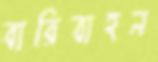
বারিবাহন